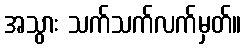
အသွား သက်သက်လက်မှတ်။